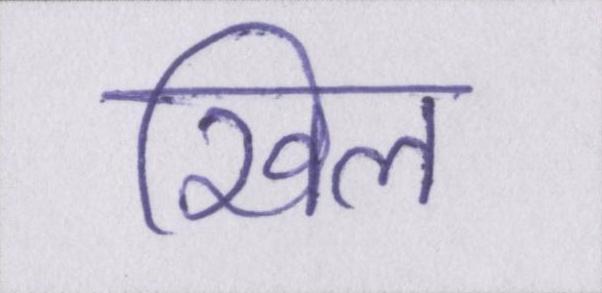
खिल